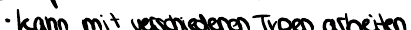
kann mit verschiedenen Typen arbeiten